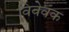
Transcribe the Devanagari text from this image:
विवेवक